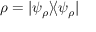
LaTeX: \rho = | \psi _ { \rho } \rangle \! \langle \psi _ { \rho } |